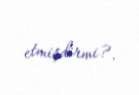
etmişdirmi?.